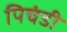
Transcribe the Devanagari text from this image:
पिचंडी